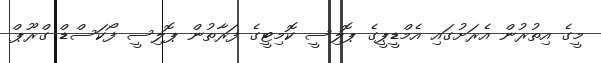
މީގެ އިތުރުން އެރަށުގައި އެމްޑީޕީގެ ޕޮލިސީ ކޮމިޓީގެ ފަރާތުން ޕޮލިސީ ފޯކަސްޑް ގްރޫޕް